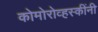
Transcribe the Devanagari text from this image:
कोमोरोव्हस्कींनी